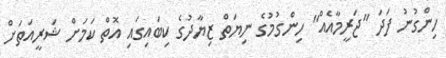
ހިންގުނު ފަދަ "ޖަރީމާއެއް" ހިންގުމުގެ ނިޔަތް ޒިޔާދުގެ ކިބައިގައި އޮތް ކަމަށް ޝަރީއަތަށް